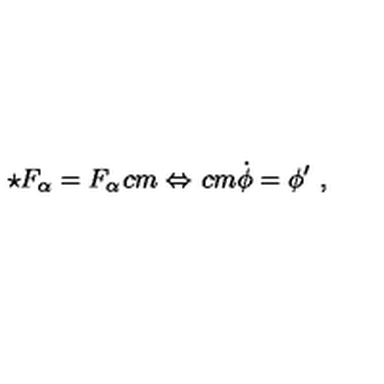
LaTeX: \star F _ { \alpha } = F _ { \alpha } \hspace * { 1 c m } \Leftrightarrow \hspace * { 1 c m } \dot { \phi } = \phi ^ { \prime } \ ,